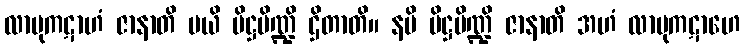
လာဗုကဋာဟံ ဇာနာတိ မယိ ပိဋ္ဌပိဏ္ဍိ ဌိတာတိ။ နပိ ပိဋ္ဌပိဏ္ဍိ ဇာနာတိ အဟံ လာဗုကဋာဟေ